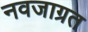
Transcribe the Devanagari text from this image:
नवजाग्रत